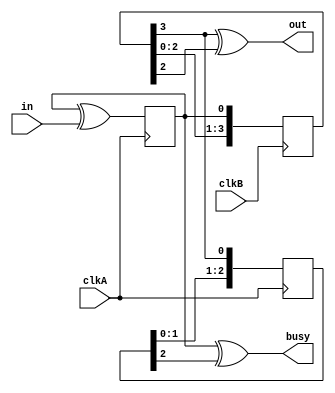
`timescale 1ns / 1ps
//////////////////////////////////////////////////////////////////////////////////
// Company: 
// Engineer: 
// 
// Design Name: 
// Module Name: flag_cdc
// Project Name: 
// Target Devices: 
// Tool Versions: 
// Description: 
// 
// Dependencies: 
// 
// Revision:
// Revision 0.01 - File Created
// Additional Comments:
// 
//////////////////////////////////////////////////////////////////////////////////


module flag_cdc(
    input clkA,
    input clkB,
    input in,
    output out,
    output busy
    );
    
    reg toggleA = 1'b0;;
    always @(posedge clkA) toggleA <= toggleA ^ in;
    
    //three flip-flop crosser
    reg [3:0] syncA = 4'b0;
    always @(posedge clkB) syncA <= {syncA[2:0], toggleA};
    
    reg [2:0] syncB = 2'b0;
    always @(posedge clkA) syncB <= {syncB[1:0], syncA[3]};
    
    assign out = (syncA[3] ^ syncA[2]);
    assign busy = (toggleA ^ syncB[2]);
    
endmodule

module bus_cdc #( parameter WIDTH = 1)
(
    input clkDst,
    input [WIDTH-1:0] in,
    output [WIDTH-1:0] out
);

reg [WIDTH-1:0] sync [1:0];

always @(posedge clkDst)
begin
    sync[1] <= sync[0];
    sync[0] <= in;
end

assign out = sync[1];

endmodule